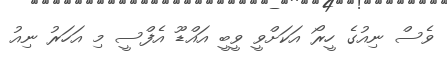
ވެސް ނިއުގެ ހީރޯ އަކަށްވީ ވީބީ އައްޑޫ އެފްސީ މި އަހަރު ނިއު